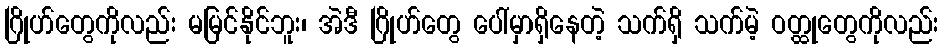
ဂြိုဟ်တွေကိုလည်း မမြင်နိုင်ဘူး၊ အဲဒီ ဂြိုဟ်တွေ ပေါ်မှာရှိနေတဲ့ သက်ရှိ သက်မဲ့ ဝတ္ထုတွေကိုလည်း